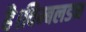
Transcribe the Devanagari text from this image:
है।विम्बलडन